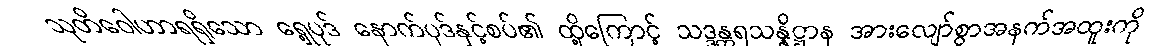
သုတိဝေါဟာရရှိသော ရှေ့ပုဒ် နောက်ပုဒ်နှင့်စပ်၏ ထို့ကြောင့် သဒ္ဒန္တရသန္နိဋ္ဌာန အားလျော်စွာအနက်အထူးကို